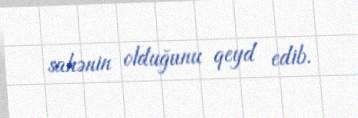
sahənin olduğunu qeyd edib.